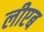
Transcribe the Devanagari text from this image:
लीएब